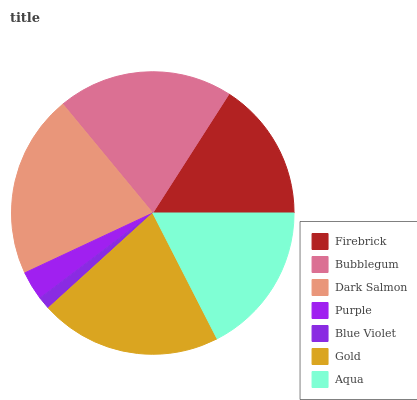
| Firebrick | Bubblegum | Dark Salmon | Purple | Blue Violet | Gold | Aqua |
 | --- | --- | --- | --- | --- | --- | --- |
 | 15.9% | 20% | 21% | 3.31% | 1.46% | 20.8% | 17.5% |